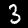
Label: 3